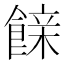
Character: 𮩇